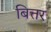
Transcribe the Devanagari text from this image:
बित्तर